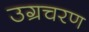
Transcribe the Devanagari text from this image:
उग्रचरण